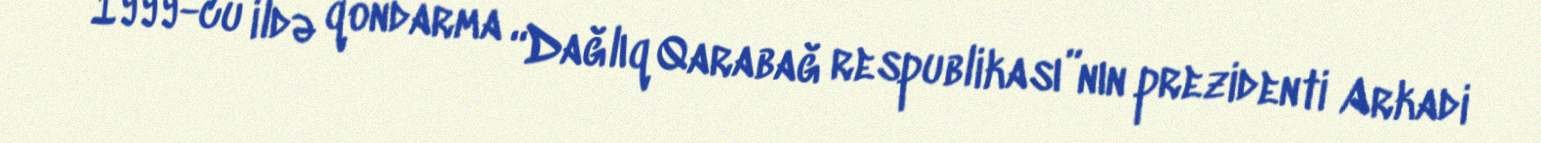
1999-cu ildə qondarma “Dağlıq Qarabağ respublikası”nın prezidenti Arkadi